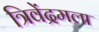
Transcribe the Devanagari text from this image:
त्रिवेंद्रमला